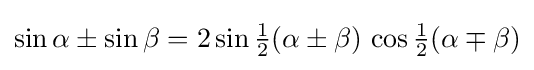
\sin \alpha \pm \sin \beta =2\sin {\tfrac {1}{2}}(\alpha \pm \beta )\,\cos {\tfrac {1}{2}}(\alpha \mp \beta )